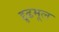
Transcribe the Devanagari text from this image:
द्दृढमूल